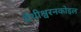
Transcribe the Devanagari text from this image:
वैथीश्वरनकोइल